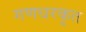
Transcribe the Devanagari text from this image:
गणधरकृत